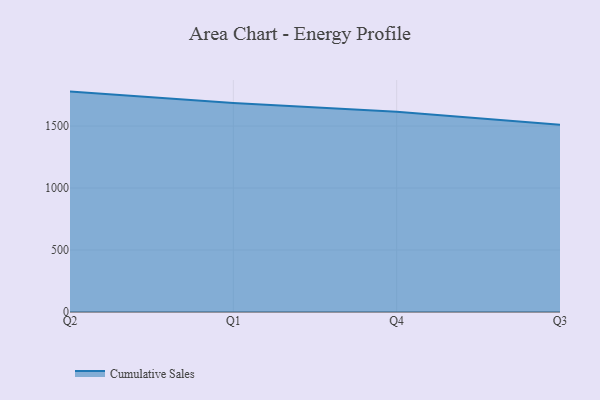
{"axis": {"x": "Quarter", "y": "Backlog"}, "legend": ["Cumulative Sales"], "data": [{"x": "Q2", "y": 1778.0, "type": "Cumulative Sales"}, {"x": "Q1", "y": 1685.6, "type": "Cumulative Sales"}, {"x": "Q4", "y": 1615.2, "type": "Cumulative Sales"}, {"x": "Q3", "y": 1509.9, "type": "Cumulative Sales"}]}